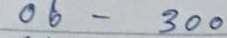
06 - 300